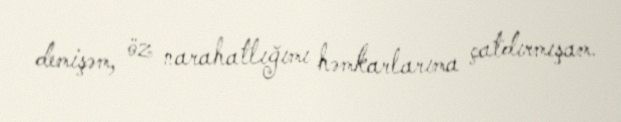
demişəm, öz narahatlığımı həmkarlarıma çatdırmışam.